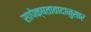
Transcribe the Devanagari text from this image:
सापेक्षतावादानुसार